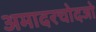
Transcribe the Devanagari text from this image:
अमादरचोदजो